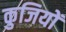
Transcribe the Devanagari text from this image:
कुजियों